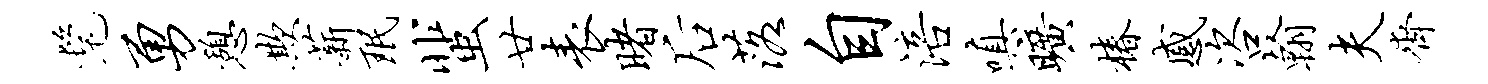
髦勇憩欺薪珉蜚廿表睹後落自涪嗔旷椿感咨翰夫齐